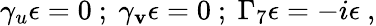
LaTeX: \gamma_{u}\epsilon=0~;~\gamma_{\mathbf{v}}\epsilon=0~;~\Gamma_{7}\epsilon=-i\epsilon~,